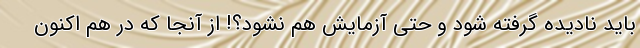
باید نادیده گرفته شود و حتی آزمایش هم نشود؟! از آنجا که در هم اکنون